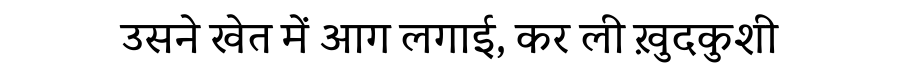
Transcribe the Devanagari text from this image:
उसने खेत में आग लगाई, कर ली ख़ुदकुशी